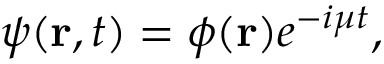
\psi ( { \mathbf { r } } , t ) = \phi ( \mathbf { r } ) e ^ { - i \mu t } ,